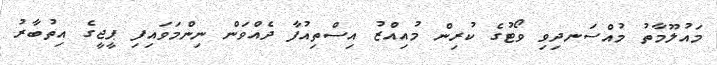
މައުލޫމާތު މުއްސަނދިވި ވޯޓުގެ ކުރިން މުއިއްޒު އިސްތިއުފާ ދެއްވަން ނިންމަވައިފި ޕީޖީގެ އިތުބާރު